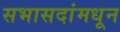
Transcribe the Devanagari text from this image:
सभासदांमधून